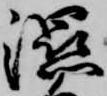
温